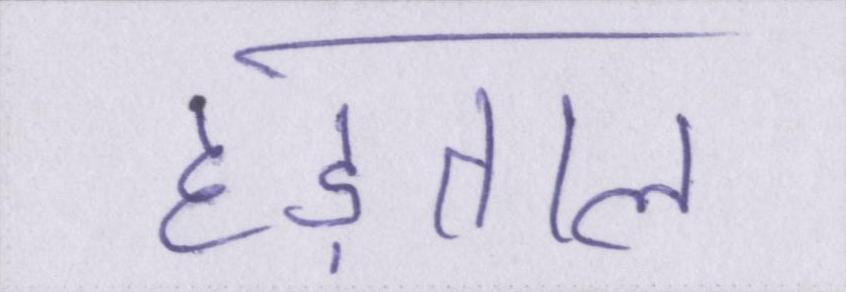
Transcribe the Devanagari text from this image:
हड़ताल